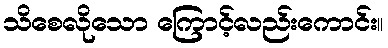
သိစေလိုသော ကြောင့်လည်းကောင်း။